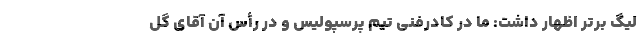
لیگ برتر اظهار داشت: ما در کادرفنی تیم پرسپولیس و در رأس آن آقای گل